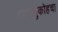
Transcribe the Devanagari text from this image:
दाराशुकोहचा